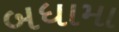
બધામા